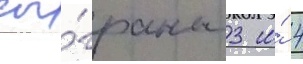
сы́граны 3 и́ 4